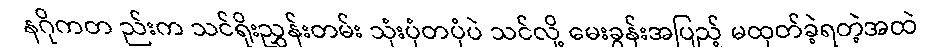
နဂိုကတ ည်းက သင်ရိုးညွှန်းတမ်း သုံးပုံတပုံပဲ သင်လို့ မေးခွန်းအပြည့် မထုတ်ခဲ့ရတဲ့အထဲ